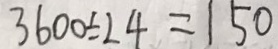
3 6 0 0 \div 2 4 = 1 5 0